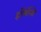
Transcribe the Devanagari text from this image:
हॉर्मोनो